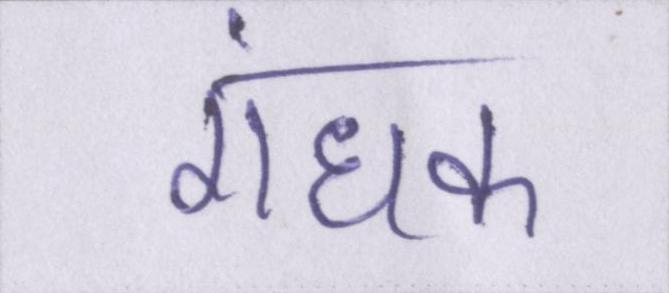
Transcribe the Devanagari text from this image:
गंधक